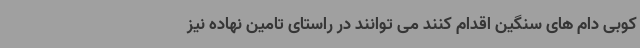
کوبی دام های سنگین اقدام کنند می توانند در راستای تامین نهاده نیز